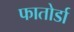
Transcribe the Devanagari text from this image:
फातोर्डा